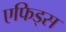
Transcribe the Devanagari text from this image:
एफिड्स